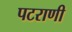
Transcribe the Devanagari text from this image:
पटराणी